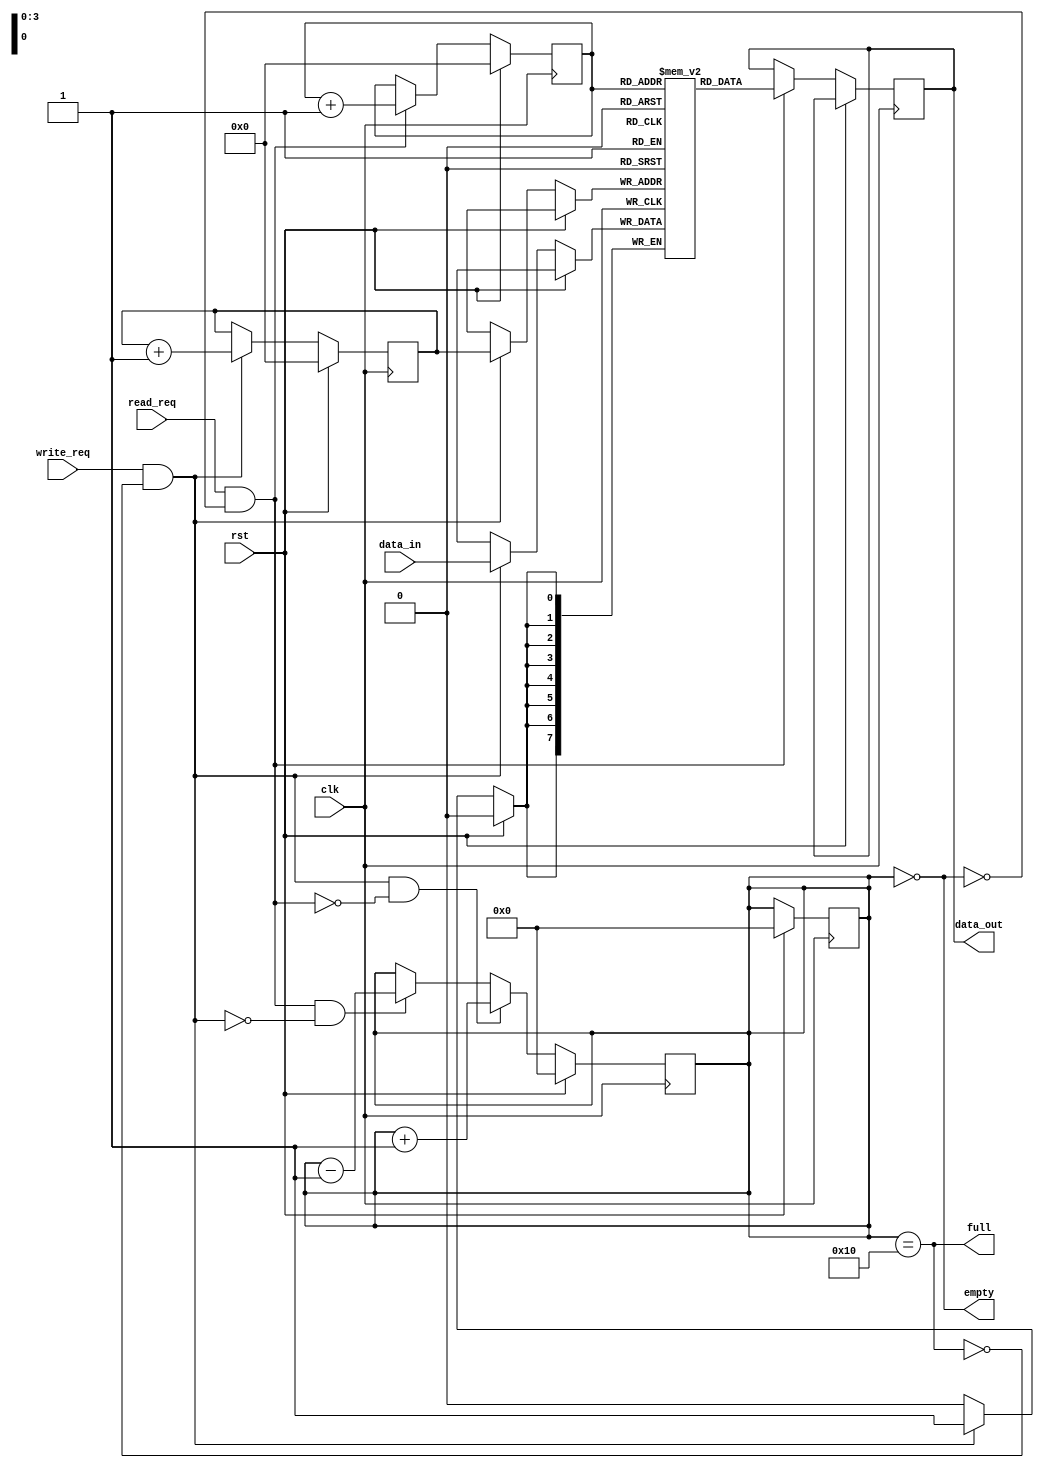
module fifo #(
    parameter DATA_WIDTH = 8,
    parameter ADDR_WIDTH = 4
) (
    input wire clk,
    input wire rst,
    input wire write_req,
    input wire read_req,
    input wire [DATA_WIDTH-1:0] data_in,
    output reg [DATA_WIDTH-1:0] data_out,
    output wire full,
    output wire empty
);

//wire write_enable, read_enable;

reg [DATA_WIDTH-1:0] memory [2**ADDR_WIDTH-1:0];
reg [ADDR_WIDTH-1:0] write_ptr, read_ptr;
reg [ADDR_WIDTH:0] count;

always @(posedge clk) begin
    if (rst) begin
        write_ptr <= 0;
        read_ptr <= 0;
        count <= 0;
    end else begin
        if (write_req && !full) begin
            memory[write_ptr] <= data_in;
            write_ptr <= write_ptr + 1;
        end
        if (read_req && !empty) begin
            data_out <= memory[read_ptr];
            read_ptr <= read_ptr + 1;
        end
    end
end

//count keeps track of read and write operations in the FIFO
always @(posedge clk) begin
    if (rst) begin
        count <= 0;
    end else begin
        if (write_req && !full && !(read_req && !empty))
            count <= count + 1;
        else if (read_req && !empty && !(write_req && !full))
            count <= count - 1;
    end
end

assign full = (count == (2**ADDR_WIDTH));
assign empty = (count == 0);



endmodule